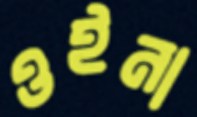
ওইনা